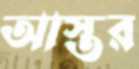
আস্তর